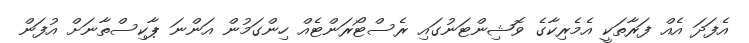
އެފަދަ އެއް ފަރާތަކީ އެމެރިކާގެ ވޮޝިންޓަނުގައި ރެސްޓޯރަންޓެއް ހިންގަމުން އަންނަ ޕާކިސްތާނަށް އުފަން